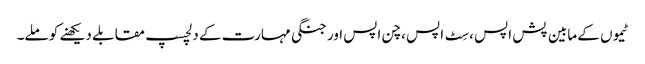
ٹیموں کے مابین پش اپس ، سِٹ اپس ، چن اپس اور جنگی مہارت کے دلچسپ مقابلے دیکھنے کو ملے۔